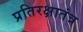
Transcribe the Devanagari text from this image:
प्रतिरक्षातंत्र